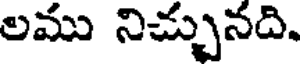
లము నిచ్చునది.